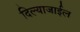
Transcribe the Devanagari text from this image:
दिल्याजाईल